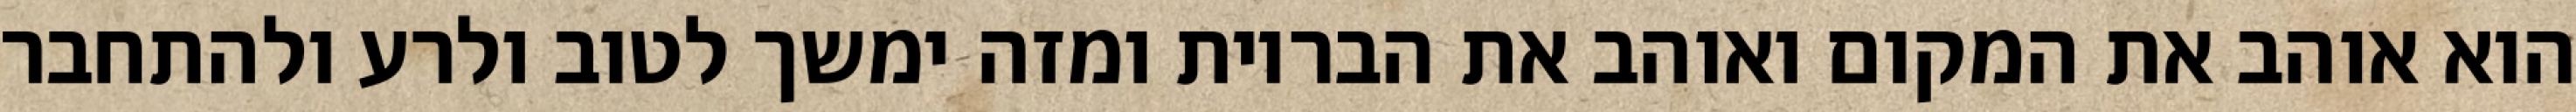
הוא אוהב את המקום ואוהב את הבריות ומזה ימשך לטוב ולרע ולהתחבר